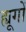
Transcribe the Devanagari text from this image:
ह्यूगों